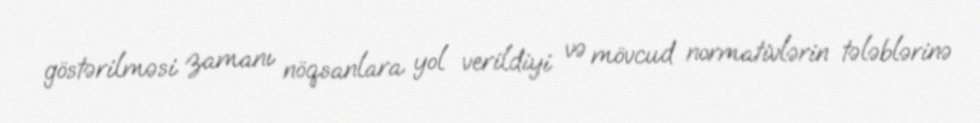
göstərilməsi zamanı nöqsanlara yol verildiyi və mövcud normativlərin tələblərinə